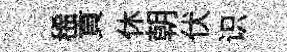
稀貢休朝伏识